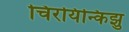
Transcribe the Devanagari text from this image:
चिरयिन्किझु